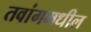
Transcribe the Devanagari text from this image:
तवांगमधील